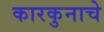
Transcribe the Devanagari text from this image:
कारकुनाचे